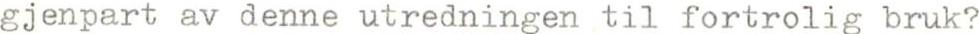
gjenpart av denne utredningen til fortrolig bruk?